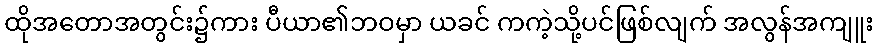
ထိုအတောအတွင်း၌ကား ပီယာ၏ဘဝမှာ ယခင် ကကဲ့သို့ပင်ဖြစ်လျက် အလွန်အကျူး